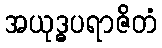
အယုဒ္ဓပရာဇိတံ